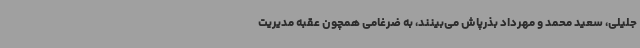
جلیلی، سعید محمد و مهرداد بذرپاش می‌بینند، به ضرغامی همچون عقبه مدیریت